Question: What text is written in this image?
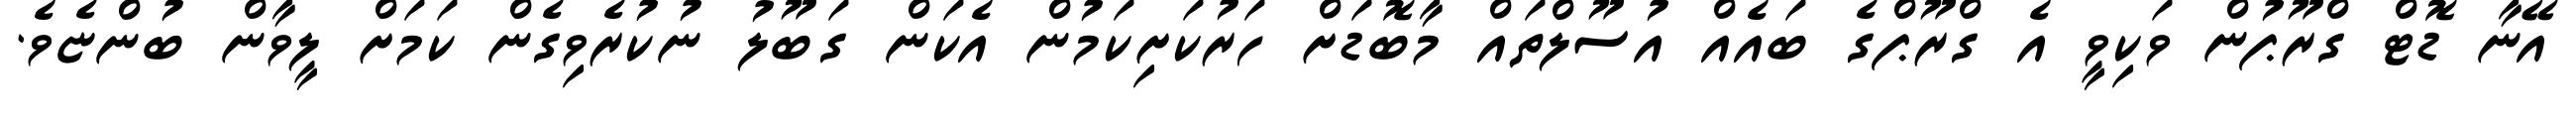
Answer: އޭނާ ޑޮޓް ގްރޫޕުން ވަކިވީ އެ ގްރޫޕްގެ ބައެއް އުސޫލްތައް މާބޮޑަށް ހަރުކަށިކަމުން އެކަން ގަބޫލު ނުކުރެވިގެން ކަމަށް ލީވާން ބުންޏެވެ.